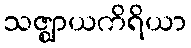
သဇ္ဈာယကိရိယာ